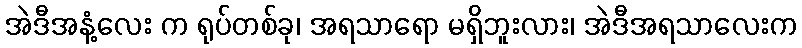
အဲဒီအနံ့လေး က ရုပ်တစ်ခု၊ အရသာရော မရှိဘူးလား၊ အဲဒီအရသာလေးက